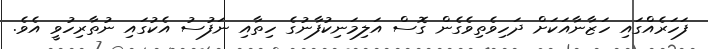
ފަހަރެއްގައި ހަޒާނާއަކަށް ދަހިވެތިވެގެން ގޮސް އަލިމަނިކުފާނުގެ ހިތާއި ނަފުސު އެކުގައި ނުތާރިހުވީ އެވެ.